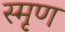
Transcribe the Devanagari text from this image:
स्मृण